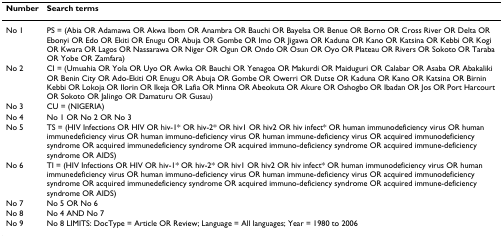
<table><thead><tr><td><b>Number</b></td><td><b>Search terms</b></td></tr></thead><tbody><tr><td>No 1</td><td>PS = (Abia OR Adamawa OR Akwa Ibom OR Anambra OR Bauchi OR Bayelsa OR Benue OR Borno OR Cross River OR Delta OR Ebonyi OR Edo OR Ekiti OR Enugu OR Abuja OR Gombe OR Imo OR Jigawa OR Kaduna OR Kano OR Katsina OR Kebbi OR Kogi OR Kwara OR Lagos OR Nassarawa OR Niger OR Ogun OR Ondo OR Osun OR Oyo OR Plateau OR Rivers OR Sokoto OR Taraba OR Yobe OR Zamfara)</td></tr><tr><td>No 2</td><td>CI = (Umuahia OR Yola OR Uyo OR Awka OR Bauchi OR Yenagoa OR Makurdi OR Maiduguri OR Calabar OR Asaba OR Abakaliki OR Benin City OR Ado-Ekiti OR Enugu OR Abuja OR Gombe OR Owerri OR Dutse OR Kaduna OR Kano OR Katsina OR Birnin Kebbi OR Lokoja OR Ilorin OR Ikeja OR Lafia OR Minna OR Abeokuta OR Akure OR Oshogbo OR Ibadan OR Jos OR Port Harcourt OR Sokoto OR Jalingo OR Damaturu OR Gusau)</td></tr><tr><td>No 3</td><td>CU = (NIGERIA)</td></tr><tr><td>No 4</td><td>No 1 OR No 2 OR No 3</td></tr><tr><td>No 5</td><td>TS = (HIV Infections OR HIV OR hiv-1* OR hiv-2* OR hiv1 OR hiv2 OR hiv infect* OR human immunodeficiency virus OR human immunedeficiency virus OR human immuno-deficiency virus OR human immune-deficiency virus OR acquired immunodeficiency syndrome OR acquired immunedeficiency syndrome OR acquired immuno-deficiency syndrome OR acquired immune-deficiency syndrome OR AIDS)</td></tr><tr><td>No 6</td><td>TI = (HIV Infections OR HIV OR hiv-1* OR hiv-2* OR hiv1 OR hiv2 OR hiv infect* OR human immunodeficiency virus OR human immunedeficiency virus OR human immuno-deficiency virus OR human immune-deficiency virus OR acquired immunodeficiency syndrome OR acquired immunedeficiency syndrome OR acquired immuno-deficiency syndrome OR acquired immune-deficiency syndrome OR AIDS)</td></tr><tr><td>No 7</td><td>No 5 OR No 6</td></tr><tr><td>No 8</td><td>No 4 AND No 7</td></tr><tr><td>No 9</td><td>No 8 LIMITS: DocType = Article OR Review; Language = All languages; Year = 1980 to 2006</td></tr></tbody></table>